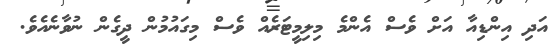
އަދި އިންޑިއާ އަށް ވެސް އެންމެ މިލިމީޓަރެއް ވެސް މިގައުމުން ދީގެން ނުވާނެއެވެ.